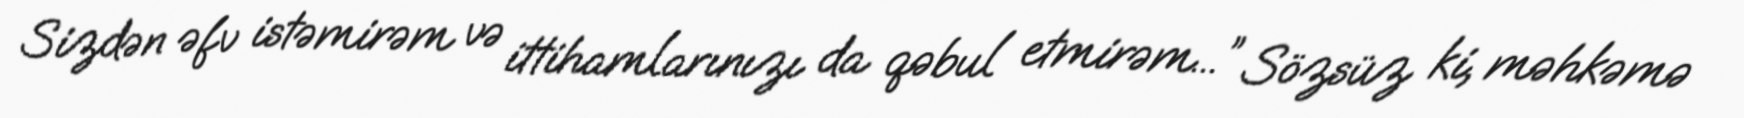
Sizdən əfv istəmirəm və ittihamlarınızı da qəbul etmirəm...” Sözsüz ki, məhkəmə